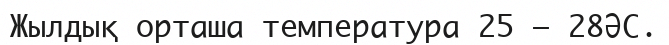
Жылдық орташа температура 25 – 28ӘС.